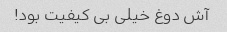
آش دوغ خیلی بی کیفیت بود!